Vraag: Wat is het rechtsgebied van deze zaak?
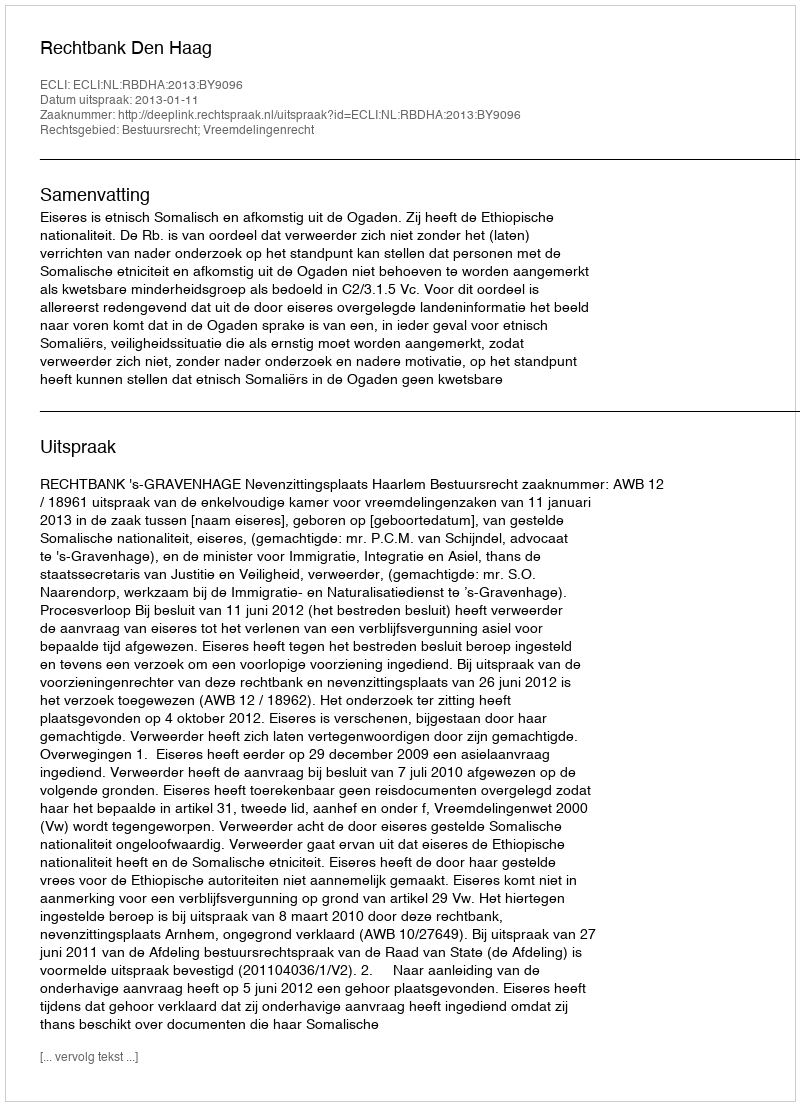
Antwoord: Bestuursrecht; Vreemdelingenrecht